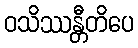
ဝသိဿန္တီတိပေ